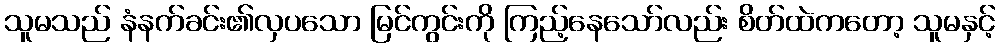
သူမသည် နံနက်ခင်း၏လှပသော မြင်ကွင်းကို ကြည့်နေသော်လည်း စိတ်ထဲကတော့ သူမနှင့်